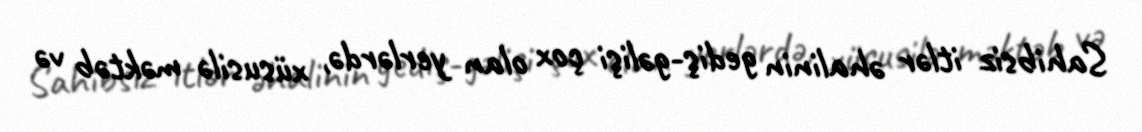
Sahibsiz itlər əhalinin gediş-gəlişi çox olan yerlərdə, xüsusilə məktəb və